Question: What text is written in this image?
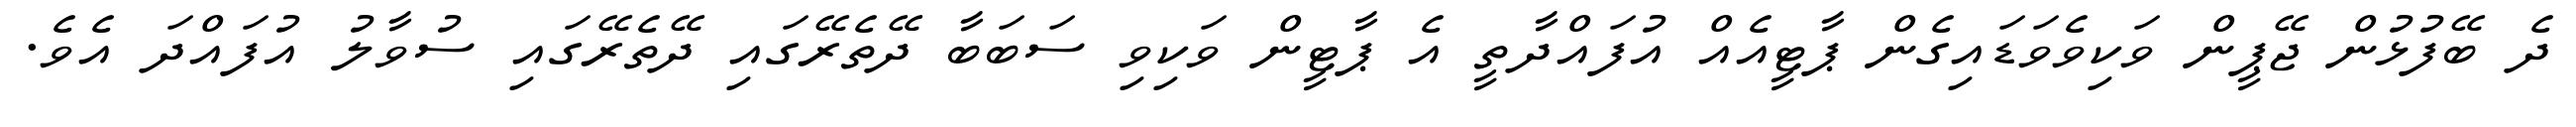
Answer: ދެ ބޭފުޅުން ޖޭޕީން ވަކިވެވަޑައިގެން ޕާޓީއެއް އުފައްދާތީ އެ ޕާޓީން ވަކިވި ސަބަބާ ދޭތެރޭގައި ދޭތެރޭގައި ސުވާލު އުފައްދަ އެވެ.